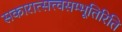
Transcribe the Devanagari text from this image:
सकारात्सत्त्वसम्भूतिरिति